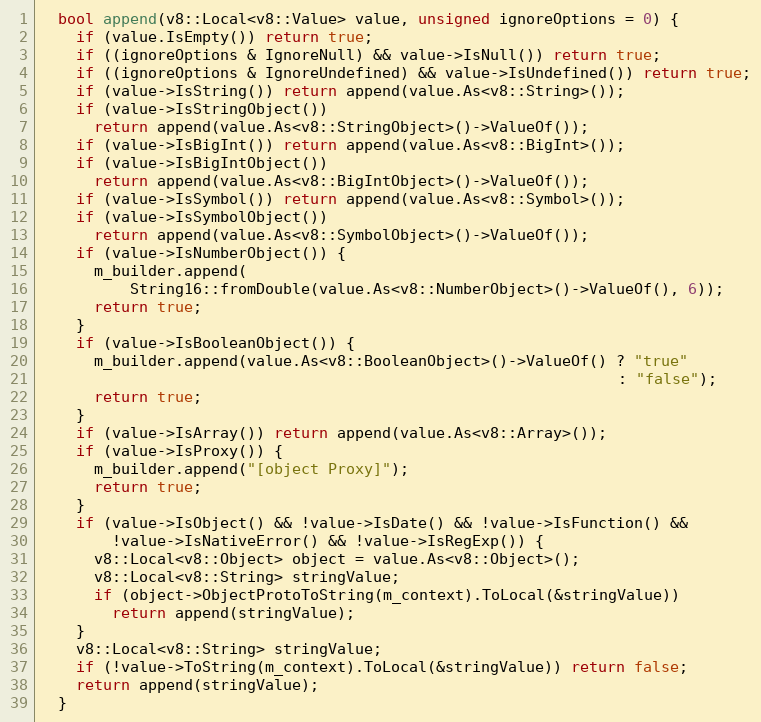
Language: C++
  bool append(v8::Local<v8::Value> value, unsigned ignoreOptions = 0) {
    if (value.IsEmpty()) return true;
    if ((ignoreOptions & IgnoreNull) && value->IsNull()) return true;
    if ((ignoreOptions & IgnoreUndefined) && value->IsUndefined()) return true;
    if (value->IsString()) return append(value.As<v8::String>());
    if (value->IsStringObject())
      return append(value.As<v8::StringObject>()->ValueOf());
    if (value->IsBigInt()) return append(value.As<v8::BigInt>());
    if (value->IsBigIntObject())
      return append(value.As<v8::BigIntObject>()->ValueOf());
    if (value->IsSymbol()) return append(value.As<v8::Symbol>());
    if (value->IsSymbolObject())
      return append(value.As<v8::SymbolObject>()->ValueOf());
    if (value->IsNumberObject()) {
      m_builder.append(
          String16::fromDouble(value.As<v8::NumberObject>()->ValueOf(), 6));
      return true;
    }
    if (value->IsBooleanObject()) {
      m_builder.append(value.As<v8::BooleanObject>()->ValueOf() ? "true"
                                                                : "false");
      return true;
    }
    if (value->IsArray()) return append(value.As<v8::Array>());
    if (value->IsProxy()) {
      m_builder.append("[object Proxy]");
      return true;
    }
    if (value->IsObject() && !value->IsDate() && !value->IsFunction() &&
        !value->IsNativeError() && !value->IsRegExp()) {
      v8::Local<v8::Object> object = value.As<v8::Object>();
      v8::Local<v8::String> stringValue;
      if (object->ObjectProtoToString(m_context).ToLocal(&stringValue))
        return append(stringValue);
    }
    v8::Local<v8::String> stringValue;
    if (!value->ToString(m_context).ToLocal(&stringValue)) return false;
    return append(stringValue);
  }